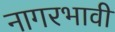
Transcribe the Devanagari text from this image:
नागरभावी